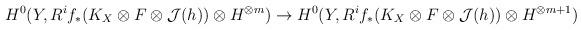
LaTeX: \begin{align*}H^0(Y, R^if_*(K_X\otimes F\otimes \mathcal J(h))\otimes H^{\otimes m})\to H^0(Y, R^if_*(K_X\otimes F\otimes \mathcal J(h))\otimes H^{\otimes m+1})\end{align*}